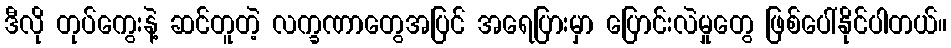
ဒီလို တုပ်ကွေးနဲ့ ဆင်တူတဲ့ လက္ခဏာတွေအပြင် အရေပြားမှာ ပြောင်းလဲမှုတွေ ဖြစ်ပေါ်နိုင်ပါတယ်။